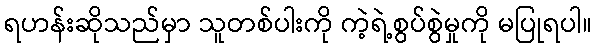
ရဟန်းဆိုသည်မှာ သူတစ်ပါးကို ကဲ့ရဲ့စွပ်စွဲမှုကို မပြုရပါ။